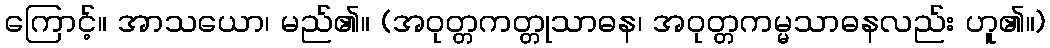
ကြောင့်။ အာသယော၊ မည်၏။ (အဝုတ္တကတ္တုသာဓန၊ အဝုတ္တကမ္မသာဓနလည်း ဟူ၏။)